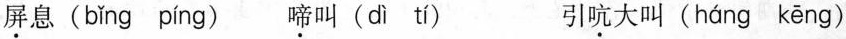
\underset{·}{屏}息( bǐng píng ) \underset{·}{啼}叫( dì tí ) 引\underset{·}{吭}大叫( háng kēng )